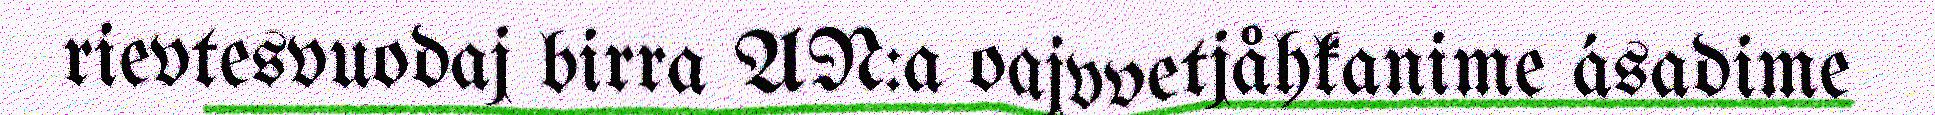
rievtesvuodaj birra AN:a oajvvetjåhkanime ásadime